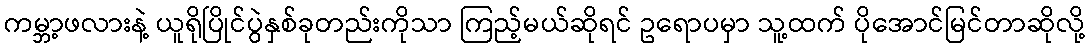
ကမ္ဘာ့ဖလားနဲ့ ယူရိုပြိုင်ပွဲနှစ်ခုတည်းကိုသာ ကြည့်မယ်ဆိုရင် ဥရောပမှာ သူ့ထက် ပိုအောင်မြင်တာဆိုလို့